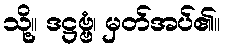
သို့။ ဒဋ္ဌဗ္ဗံ၊ မှတ်အပ်၏။